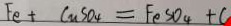
F e + C u S O _ { 4 } = F e S O _ { 4 } + C